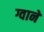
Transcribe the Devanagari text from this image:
ग्वाने